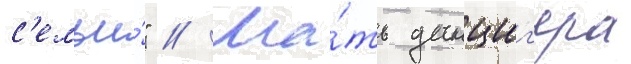
с'емьи́" // Ма́ть данциг'ера